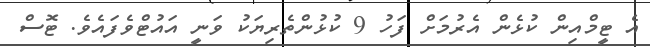
އެ ޓީމްއިން ކުޅެން އެރުމަށް ފަހު 9 ކުޅުންތެރިޔަކު ވަނީ އައުޓްވެފައެވެ. ޓޮސް